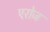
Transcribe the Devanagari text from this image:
एरोज